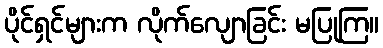
ပိုင်ရှင်များက လိုက်လျောခြင်း မပြုကြ။